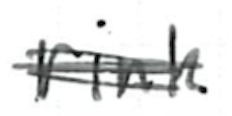
Text: rink
Cross-out: scratch
Writing tool: ballpoint